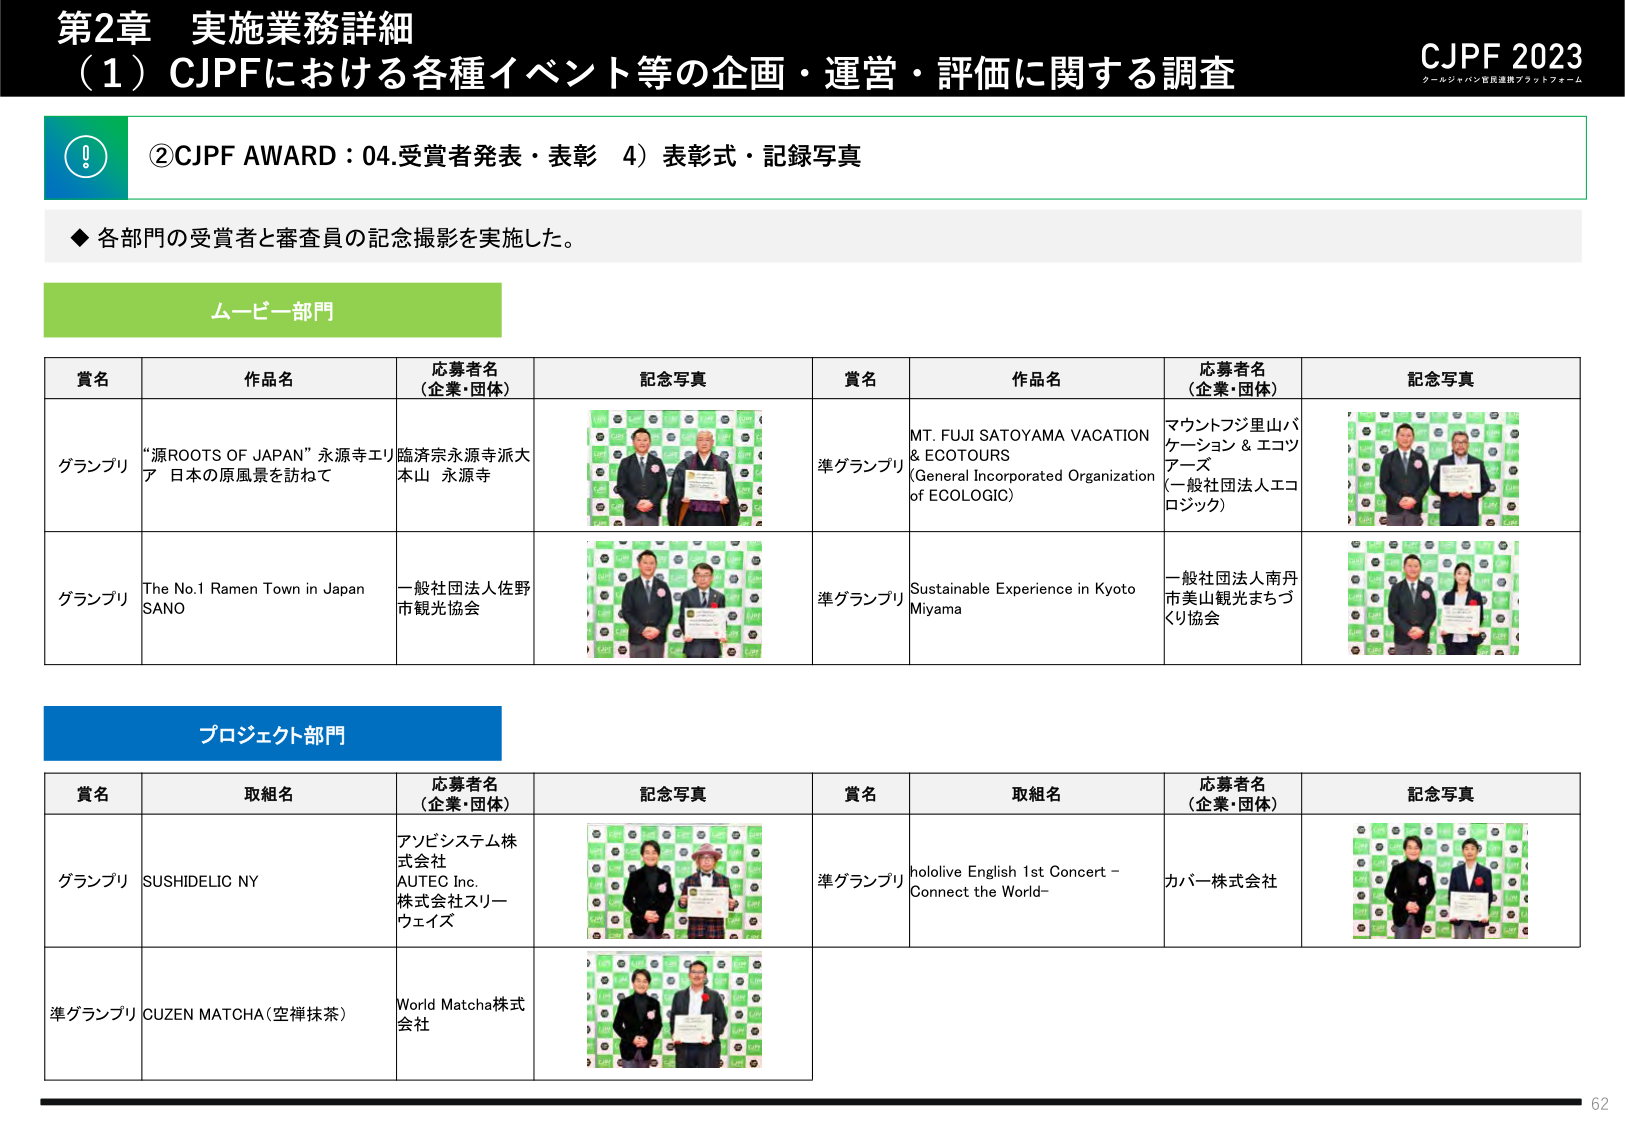
第2章 実施業務詳細
（1）CJPFにおける各種イベント等の企画・運営・評価に関する調査
CJPF 2023
クールジャパン官民連携プラットフォーム

②CJPF AWARD：04.受賞者発表・表彰 4）表彰式・記録写真

◆ 各部門の受賞者と審査員の記念撮影を実施した。

ムービー部門

賞名 作品名 応募者名（企業・団体） 記念写真 賞名 作品名 応募者名（企業・団体） 記念写真
グランプリ “源ROOTS OF JAPAN” 永源寺エリア 日本の原風景を訪ねて 臨済宗永源寺派大本山 永源寺
準グランプリ MT. FUJI SATOYAMA VACATION & ECOTOURS (General Incorporated Organization of ECOLOGIC) マウントフジ里山バケーション & エコツアーズ（一般社団法人エコロジック）
グランプリ The No.1 Ramen Town in Japan SANO 一般社団法人佐野市観光協会
準グランプリ Sustainable Experience in Kyoto Miyama 一般社団法人南丹市美山観光まちづくり協会

プロジェクト部門

賞名 取組名 応募者名（企業・団体） 記念写真 賞名 取組名 応募者名（企業・団体） 記念写真
グランプリ SUSHIDELIC NY アソビシステム株式会社 AUTEC Inc. 株式会社スリーウェイズ
準グランプリ hololive English 1st Concert – Connect the World– カバー株式会社
準グランプリ CUZEN MATCHA（空禅抹茶） World Matcha株式会社

62